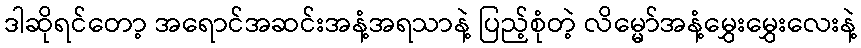
ဒါဆိုရင်တော့ အရောင်အဆင်းအနံ့အရသာနဲ့ ပြည့်စုံတဲ့ လိမ္မော်အနံ့မွှေးမွှေးလေးနဲ့